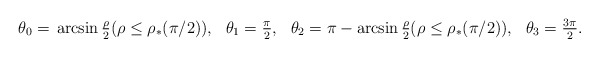
\begin{align*}\theta_0={}&\arcsin \tfrac{\rho}2(\rho \le \rho_*(\pi/2)), &\theta_1={}&\tfrac{\pi}2, &\theta_2 ={}& \pi -\arcsin \tfrac{\rho}2(\rho \le \rho_*(\pi/2)) ,&\theta_3={}&\tfrac{3\pi}2.\end{align*}